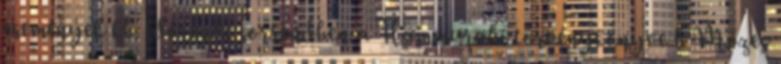
események kb. időrendi sorrendben a Hammurabi törvénykönyve b Mózes